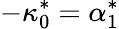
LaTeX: -\kappa_{0}^{*}=\alpha_{1}^{*}